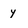
Character: y